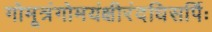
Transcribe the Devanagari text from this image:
गोमूत्रंगोमयंक्षीरंदधिसर्पिः